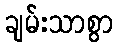
ချမ်းသာစွာ